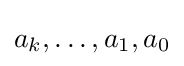
a_{k},\dotsc ,a_{1},a_{0}